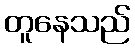
တူနေသည်